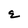
Character: E